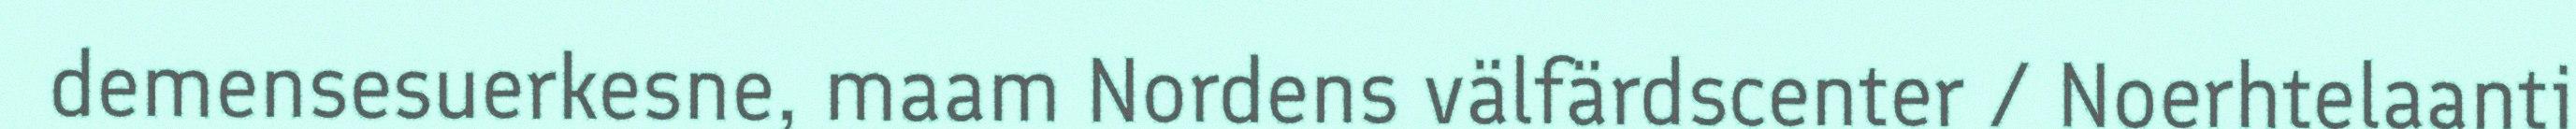
demensesuerkesne, maam Nordens välfärdscenter / Noerhtelaanti